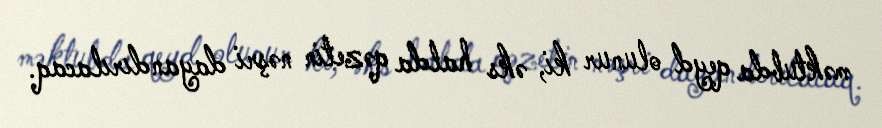
məktubda qeyd olunur ki, əks halda qəzetin nəşri dayandırılacaq.